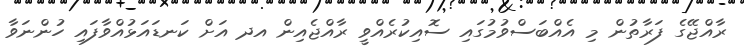
ރާއްޖޭގެ ފަރާތުން މި އެއްބަސްވުމުގައި ސޮއިކުރެއްވީ ރާއްޖެއިން އދ އަށް ކަނޑައަޅުއްވާފައި ހުންނަވާ